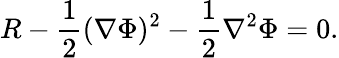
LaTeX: R-{\frac{1}{2}}(\nabla\Phi)^{2}-{\frac{1}{2}}\nabla^{2}\Phi=0.